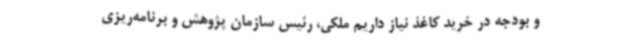
و بودجه در خرید کاغذ نیاز داریم ملکی، رئیس سازمان پژوهش و برنامه‌ریزی